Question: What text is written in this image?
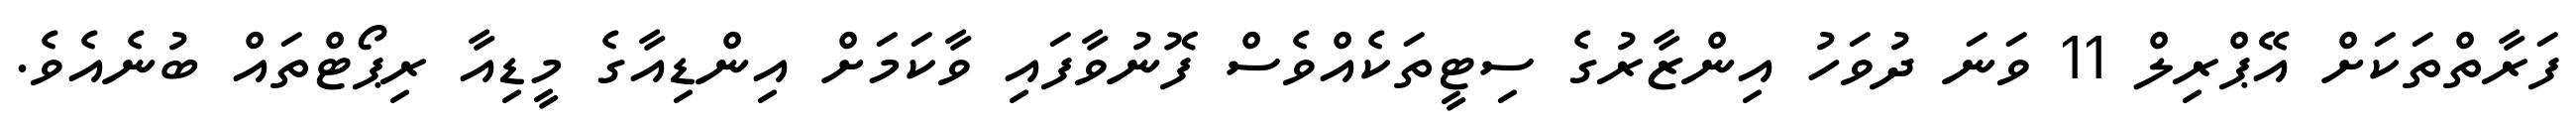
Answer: ފަރާތްތަކަށް އޭޕްރިލް 11 ވަނަ ދުވަހު އިންޒާރުގެ ސިޓީތަކެއްވެސް ފޮނުވާފައި ވާކަމަށް އިންޑިއާގެ މީޑިއާ ރިޕޯޓްތައް ބުނެއެވެ.